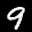
Label: 9